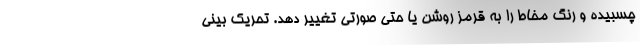
چسبیده و رنگ مخاط را به قرمز روشن یا حتی صورتی تغییر دهد. تحریک بینی